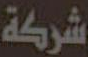
شركة